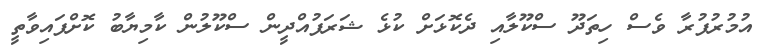
އުމުރުފުރާ ވެސް ހިތަދޫ ސްކޫލާއި ދެކޮޅަށް ކުޅެ ޝަރަފުއްދީން ސްކޫލުން ކާމިޔާބު ކޮށްފައިވާތީ